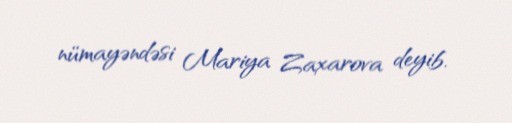
nümayəndəsi Mariya Zaxarova deyib.